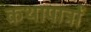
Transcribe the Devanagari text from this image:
कथापात्रों